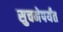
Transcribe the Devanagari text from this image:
सुचनेपर्यंत